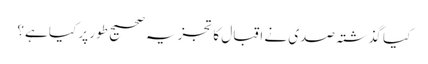
کیا گذشتہ صدی نے اقبال کا تجزیہ صحیح طور پر کیا ہے؟